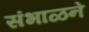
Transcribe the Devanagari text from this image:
संभाळने